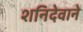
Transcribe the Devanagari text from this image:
शनिदेवाने